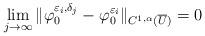
LaTeX: \begin{align*}\lim _{j\to \infty} \| \varphi ^{\varepsilon_i,\delta_j}_0 -\varphi ^{ \varepsilon _i } _0\|_{C^{1,\alpha} (\overline{U})} =0\end{align*}